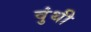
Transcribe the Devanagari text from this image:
वुंथी